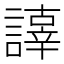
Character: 𧬕